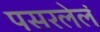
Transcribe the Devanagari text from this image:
पसरलेलं